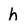
Character: h